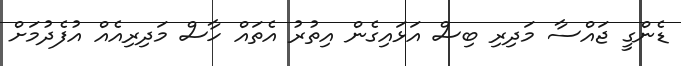
ޑެންގީ ޖައްސާ މަދިރި ބިސް އަޅައިގެން އިތުރު އެތައް ހާސް މަދިރިއެއް އުފެދުމަށް